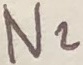
Text: N2